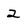
Character: 2